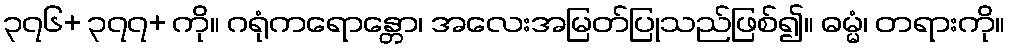
၃၇၆+ ၃၇၇+ ကို။ ဂရုံကရောန္တော၊ အလေးအမြတ်ပြုသည်ဖြစ်၍။ ဓမ္မံ၊ တရားကို။